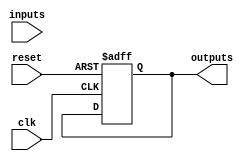
module behavioral_modeling_block (
    input wire clk,
    input wire reset,
    input wire [7:0] inputs,
    output reg [7:0] outputs
);

always @(posedge clk or negedge reset) begin
    if (reset == 0) begin
        outputs <= 8'b00000000;
    end else begin
        // Behavior of the circuit based on inputs and current outputs
        // Example: outputs <= inputs + 1;
    end
end

endmodule